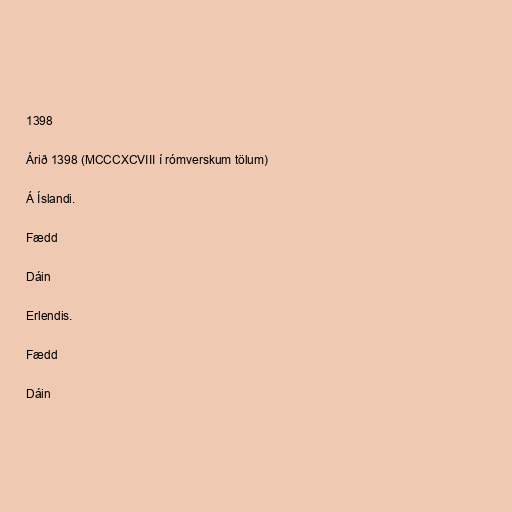
1398

Árið 1398 (MCCCXCVIII í rómverskum tölum)

Á Íslandi.

Fædd

Dáin

Erlendis.

Fædd

Dáin